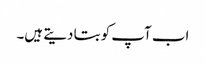
اب آپ کو بتا دیتے ہیں۔